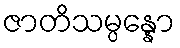
ဇာတိသမ္ပန္နော